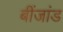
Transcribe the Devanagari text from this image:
बींजांड